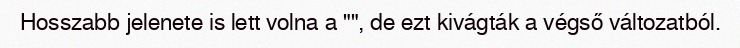
Hosszabb jelenete is lett volna a "", de ezt kivágták a végső változatból.